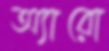
অ্যারো